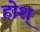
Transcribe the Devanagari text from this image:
होश्